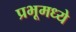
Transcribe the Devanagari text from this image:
प्रभूमध्ये